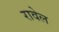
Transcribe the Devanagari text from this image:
रावेल